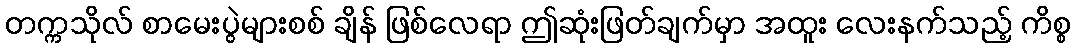
တက္ကသိုလ် စာမေးပွဲများစစ် ချိန် ဖြစ်လေရာ ဤဆုံးဖြတ်ချက်မှာ အထူး လေးနက်သည့် ကိစ္စ